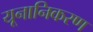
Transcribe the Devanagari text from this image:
यूनानिकरण